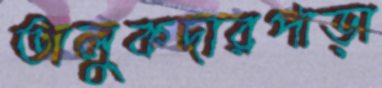
তালুকদারপাড়া